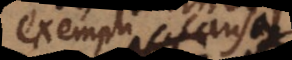
Exempli causa